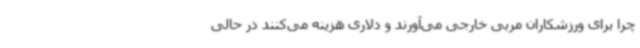
چرا برای ورزشکاران مربی خارجی می‌آورند و دلاری هزینه می‌کنند در حالی